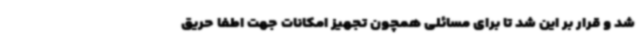
شد و قرار بر این شد تا برای مسائلی همچون تجهیز امکانات جهت اطفا حریق